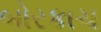
બોરકાચ